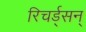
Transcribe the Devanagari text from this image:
रिचर्ड्‌सन्‌